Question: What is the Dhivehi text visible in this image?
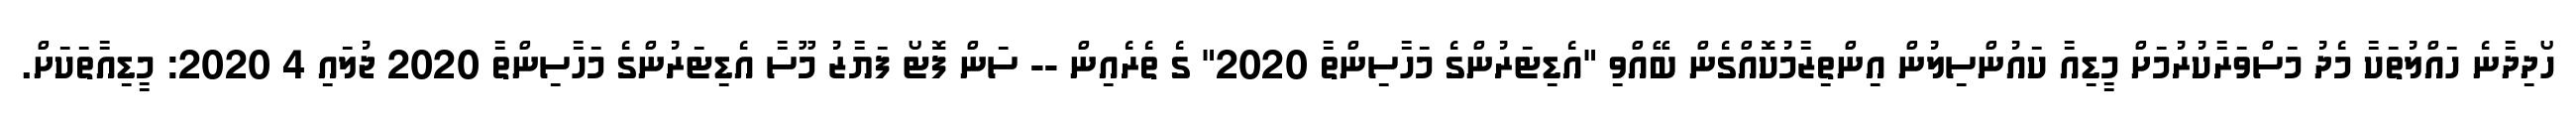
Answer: ހޯދިދާނެ ހައްލުތަކާ މެދު މަސްވަރާކުރުމަށް މީޑިއާ ކައުންސިލުން އިންތިޒާމުކޮއްގެން ބޭއްވި "އެޑިޓަރުންގެ މަހާސިންތާ 2020" ގެ ތެރެއިން -- ސަން ފޮޓޯ ފަޔާޒު މޫސާ އެޑިޓަރުންގެ މަހާސިންތާ 2020 ޖުލައި 4 2020: މީޑިއާތަކަށް.